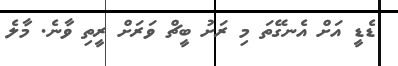
ޑެޑީ އަށް އެނގޭތަ މި ރަށު ބީޗް ވަރަށް ރީތި ވާނެ. މާލެ